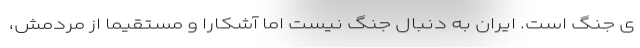
ی جنگ است. ایران به دنبال جنگ نیست اما آشکارا و مستقیما از مردمش،